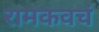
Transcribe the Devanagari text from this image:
रामकवचं